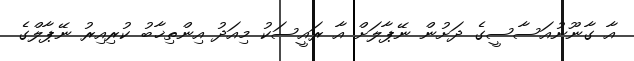
އާ ގާނޫނުއަސާސީގެ ދަށުން ނޭޕާލަށް އާ ރައީސަކު މިއަދު އިންތިޚާބު ކުރިއިރު ނޭޕާލްގެ